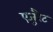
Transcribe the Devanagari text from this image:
एजुरैट